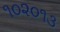
૧૦૨૦૧૩